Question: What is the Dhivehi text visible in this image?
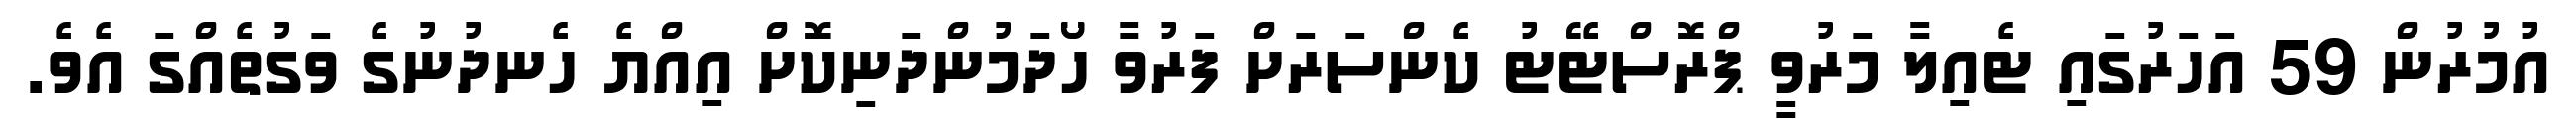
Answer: އުމުރުން 59 އަހަރުގައި ޓެއިލާ މަރުވީ ޕްރޮސްޓޭޓު ކެންސަރަށް ފަރުވާ ހޯދަމުންދަނިކޮށް އިއްޔެ ހެނދުނުގެ ވަގުތެއްގަ އެވެ.